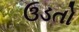
ઉડતો